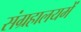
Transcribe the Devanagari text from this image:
संग्रहालयमें